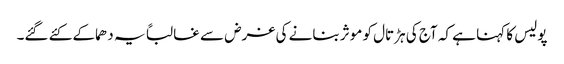
پولیس کا کہنا ہے کہ آج کی ہڑتال کو موثر بنانے کی غرض سے غالباً یہ دھماکے کئے گئے۔